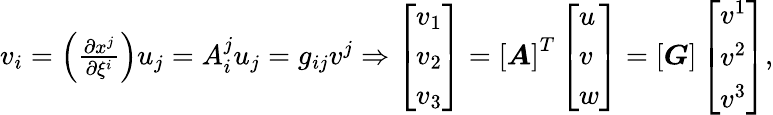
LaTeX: \begin{array}{r}{v_{i}=\left(\frac{\partial x^{j}}{\partial\xi^{i}}\right)u_{j}=A_{i}^{j}u_{j}=g_{ij}v^{j}\Rightarrow\left[\begin{array}{l}{v_{1}}\\ {v_{2}}\\ {v_{3}}\end{array}\right]=\left[\boldsymbol{A}\right]^{T}\left[\begin{array}{l}{u}\\ {v}\\ {w}\end{array}\right]=\left[\boldsymbol{G}\right]\left[\begin{array}{l}{v^{1}}\\ {v^{2}}\\ {v^{3}}\end{array}\right],}\end{array}